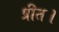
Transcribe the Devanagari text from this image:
प्रीत।